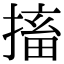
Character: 搐